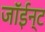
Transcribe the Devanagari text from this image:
जॉईन्ट